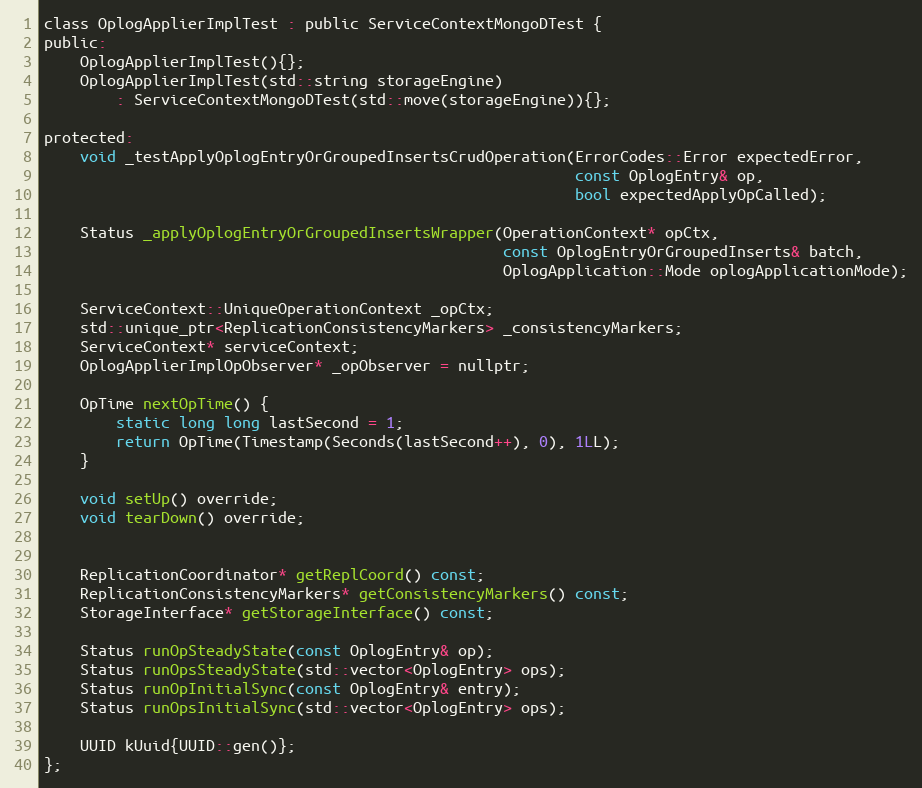
Language: C
class OplogApplierImplTest : public ServiceContextMongoDTest {
public:
    OplogApplierImplTest(){};
    OplogApplierImplTest(std::string storageEngine)
        : ServiceContextMongoDTest(std::move(storageEngine)){};

protected:
    void _testApplyOplogEntryOrGroupedInsertsCrudOperation(ErrorCodes::Error expectedError,
                                                           const OplogEntry& op,
                                                           bool expectedApplyOpCalled);

    Status _applyOplogEntryOrGroupedInsertsWrapper(OperationContext* opCtx,
                                                   const OplogEntryOrGroupedInserts& batch,
                                                   OplogApplication::Mode oplogApplicationMode);

    ServiceContext::UniqueOperationContext _opCtx;
    std::unique_ptr<ReplicationConsistencyMarkers> _consistencyMarkers;
    ServiceContext* serviceContext;
    OplogApplierImplOpObserver* _opObserver = nullptr;

    OpTime nextOpTime() {
        static long long lastSecond = 1;
        return OpTime(Timestamp(Seconds(lastSecond++), 0), 1LL);
    }

    void setUp() override;
    void tearDown() override;

    ReplicationCoordinator* getReplCoord() const;
    ReplicationConsistencyMarkers* getConsistencyMarkers() const;
    StorageInterface* getStorageInterface() const;

    Status runOpSteadyState(const OplogEntry& op);
    Status runOpsSteadyState(std::vector<OplogEntry> ops);
    Status runOpInitialSync(const OplogEntry& entry);
    Status runOpsInitialSync(std::vector<OplogEntry> ops);

    UUID kUuid{UUID::gen()};
};